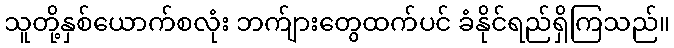
သူတို့နှစ်ယောက်စလုံး ဘက်ျားတွေထက်ပင် ခံနိုင်ရည်ရှိကြသည်။